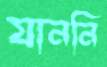
যাননি